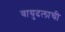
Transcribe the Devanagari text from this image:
वायुदलाची